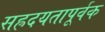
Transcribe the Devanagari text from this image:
सह्रदयतापूर्वक